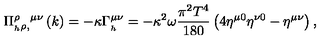
\Pi _ { _ h \rho , } ^ { \rho } ^ { \mu \nu } \left( k \right) = - \kappa \Gamma _ { _ h } ^ { \mu \nu } = - \kappa ^ { 2 } \omega \frac { \pi ^ { 2 } T ^ { 4 } } { 1 8 0 } \left( 4 \eta ^ { \mu 0 } \eta ^ { \nu 0 } - \eta ^ { \mu \nu } \right) ,